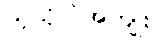
ကုသိုလ်အကျိုး